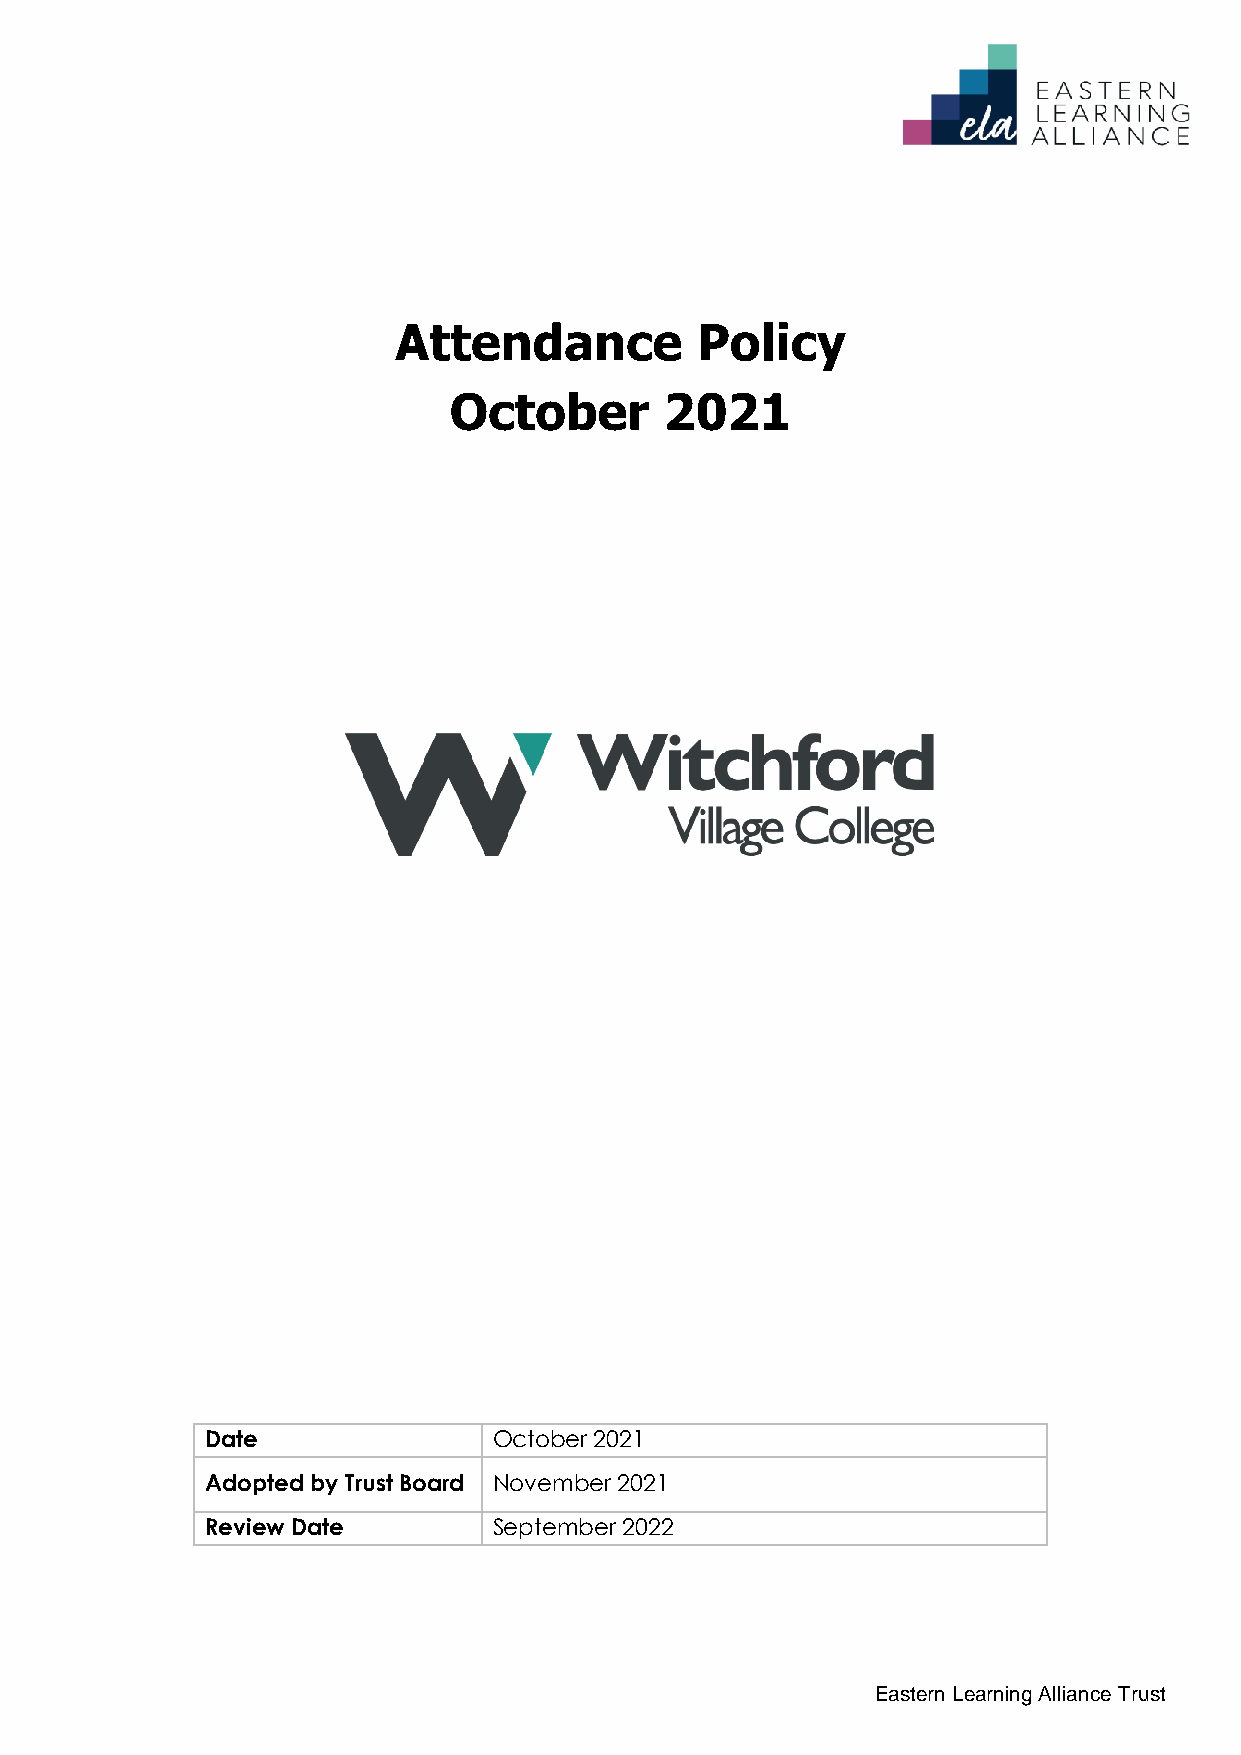
Attendance          Policy
 October       2021
 Date               October 2021
 Adopted by Trust Board November 2021
 Review Date        September 2022
 Eastern Learning Alliance Trust